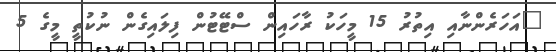
"އަހަރެންނާއި އިތުރު 15 މީހަކު ރާހައިން ސްޓޭޓުން ފިލައިގެން ނުކުތީ މީގެ 5